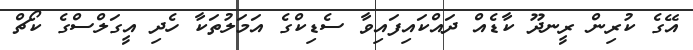
އޭގެ ކުރިން ރީނދޫ ކާޑެއް ދައްކައިފައިވާ ސެޑިކްގެ އަމަލުތަކާ ހެދި އީގަލްސްގެ ކޯޗް